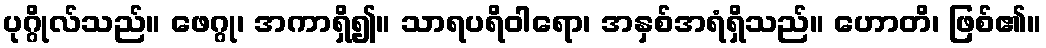
ပုဂ္ဂိုလ်သည်။ ဖေဂ္ဂု၊ အကာရှိ၍။ သာရပရိဝါရော၊ အနှစ်အရံရှိသည်။ ဟောတိ၊ ဖြစ်၏။